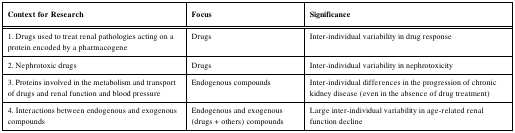
| Context for Research | Focus | Significance |
 | --- | --- | --- |
 | 1. Drugs used to treat renal pathologies acting on aprotein encoded by a pharmacogene | Drugs | Inter-individual variability in drug response |
 | 2. Nephrotoxic drugs | Drugs | Inter-individual variability in nephrotoxicity |
 | 3. Proteins involved in the metabolism and transportof drugs and renal function and blood pressure | Endogenous compounds | Inter-individual differences in the progression of chronickidney disease (even in the absence of drug treatment) |
 | 4. Interactions between endogenous and exogenouscompounds | Endogenous and exogenous(drugs + others) compounds | Large inter-individual variability in age-related renalfunction decline |